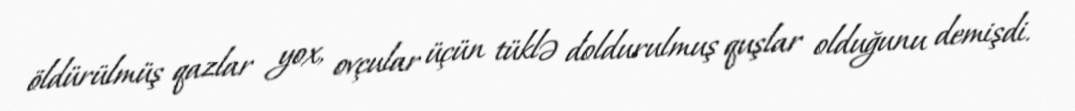
öldürülmüş qazlar yox, ovçular üçün tüklə doldurulmuş quşlar olduğunu demişdi.